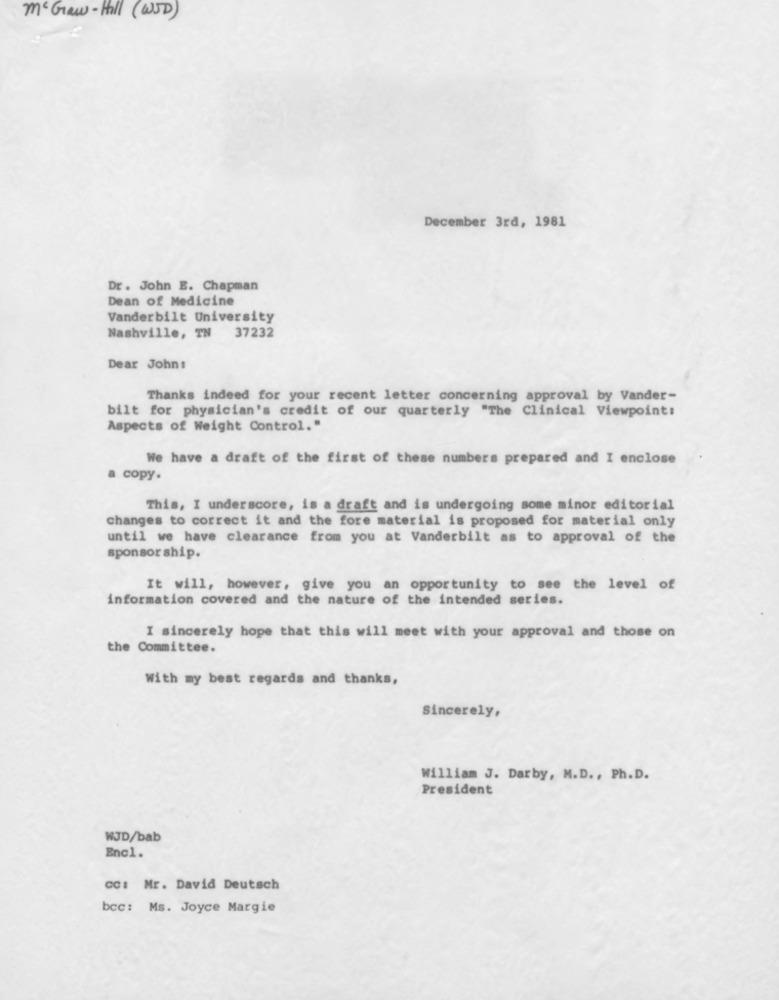
Mcgraw-Hill (WSD)
December 3rd, 1981
Dr . John E. Chapman
Dean of Medicine
Vanderbilt University
Nashville, TN 37232
Dear John:
Thanks indeed for your recent letter concerning approval by Vander-
bilt for physician's credit of our quarterly "The Clinical Viewpoint:
Aspects of Weight Control."
We have a draft of the first of these numbers prepared and I enclose
a copy.
This, I underscore, is a draft and is undergoing some minor editorial
changes to correct it and the fore material is proposed for material only
until we have clearance from you at Vanderbilt as to approval of the
sponsor ship.
It will, however, give you an opportunity to see the level of
information covered and the nature of the intended series.
I sincerely hope that this will meet with your approval and those on
the Committee.
With my best regards and thanks,
Sincerely,
William J. Darby, M.D ., Ph. D.
President
WJD/bab
Encl.
cc: Mr. David Deutsch
bcc: Ms. Joyce Margie